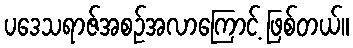
ပဒေသရာဇ်အစဉ်အလာကြောင့် ဖြစ်တယ်။